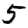
Digit: 5